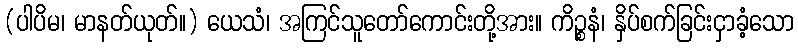
(ပါပိမ၊ မာနတ်ယုတ်။) ယေသံ၊ အကြင်သူတော်ကောင်းတို့အား။ ကိဉ္စနံ၊ နှိပ်စက်ခြင်းငှာခံ့သော